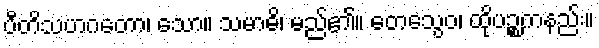
ပီတိသဟဂတော၊ သော။ သမာဓိ၊ မည်၏။ တေသွေဝ၊ ထိုပဉ္စကနည်း။